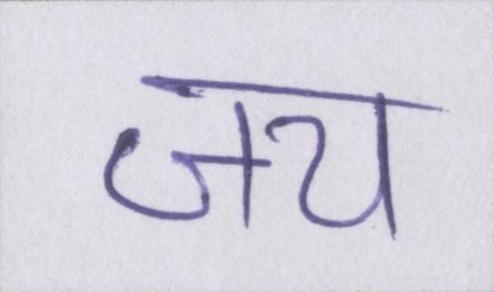
जय